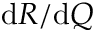
{ \mathrm { d } } R / { \mathrm { d } } Q